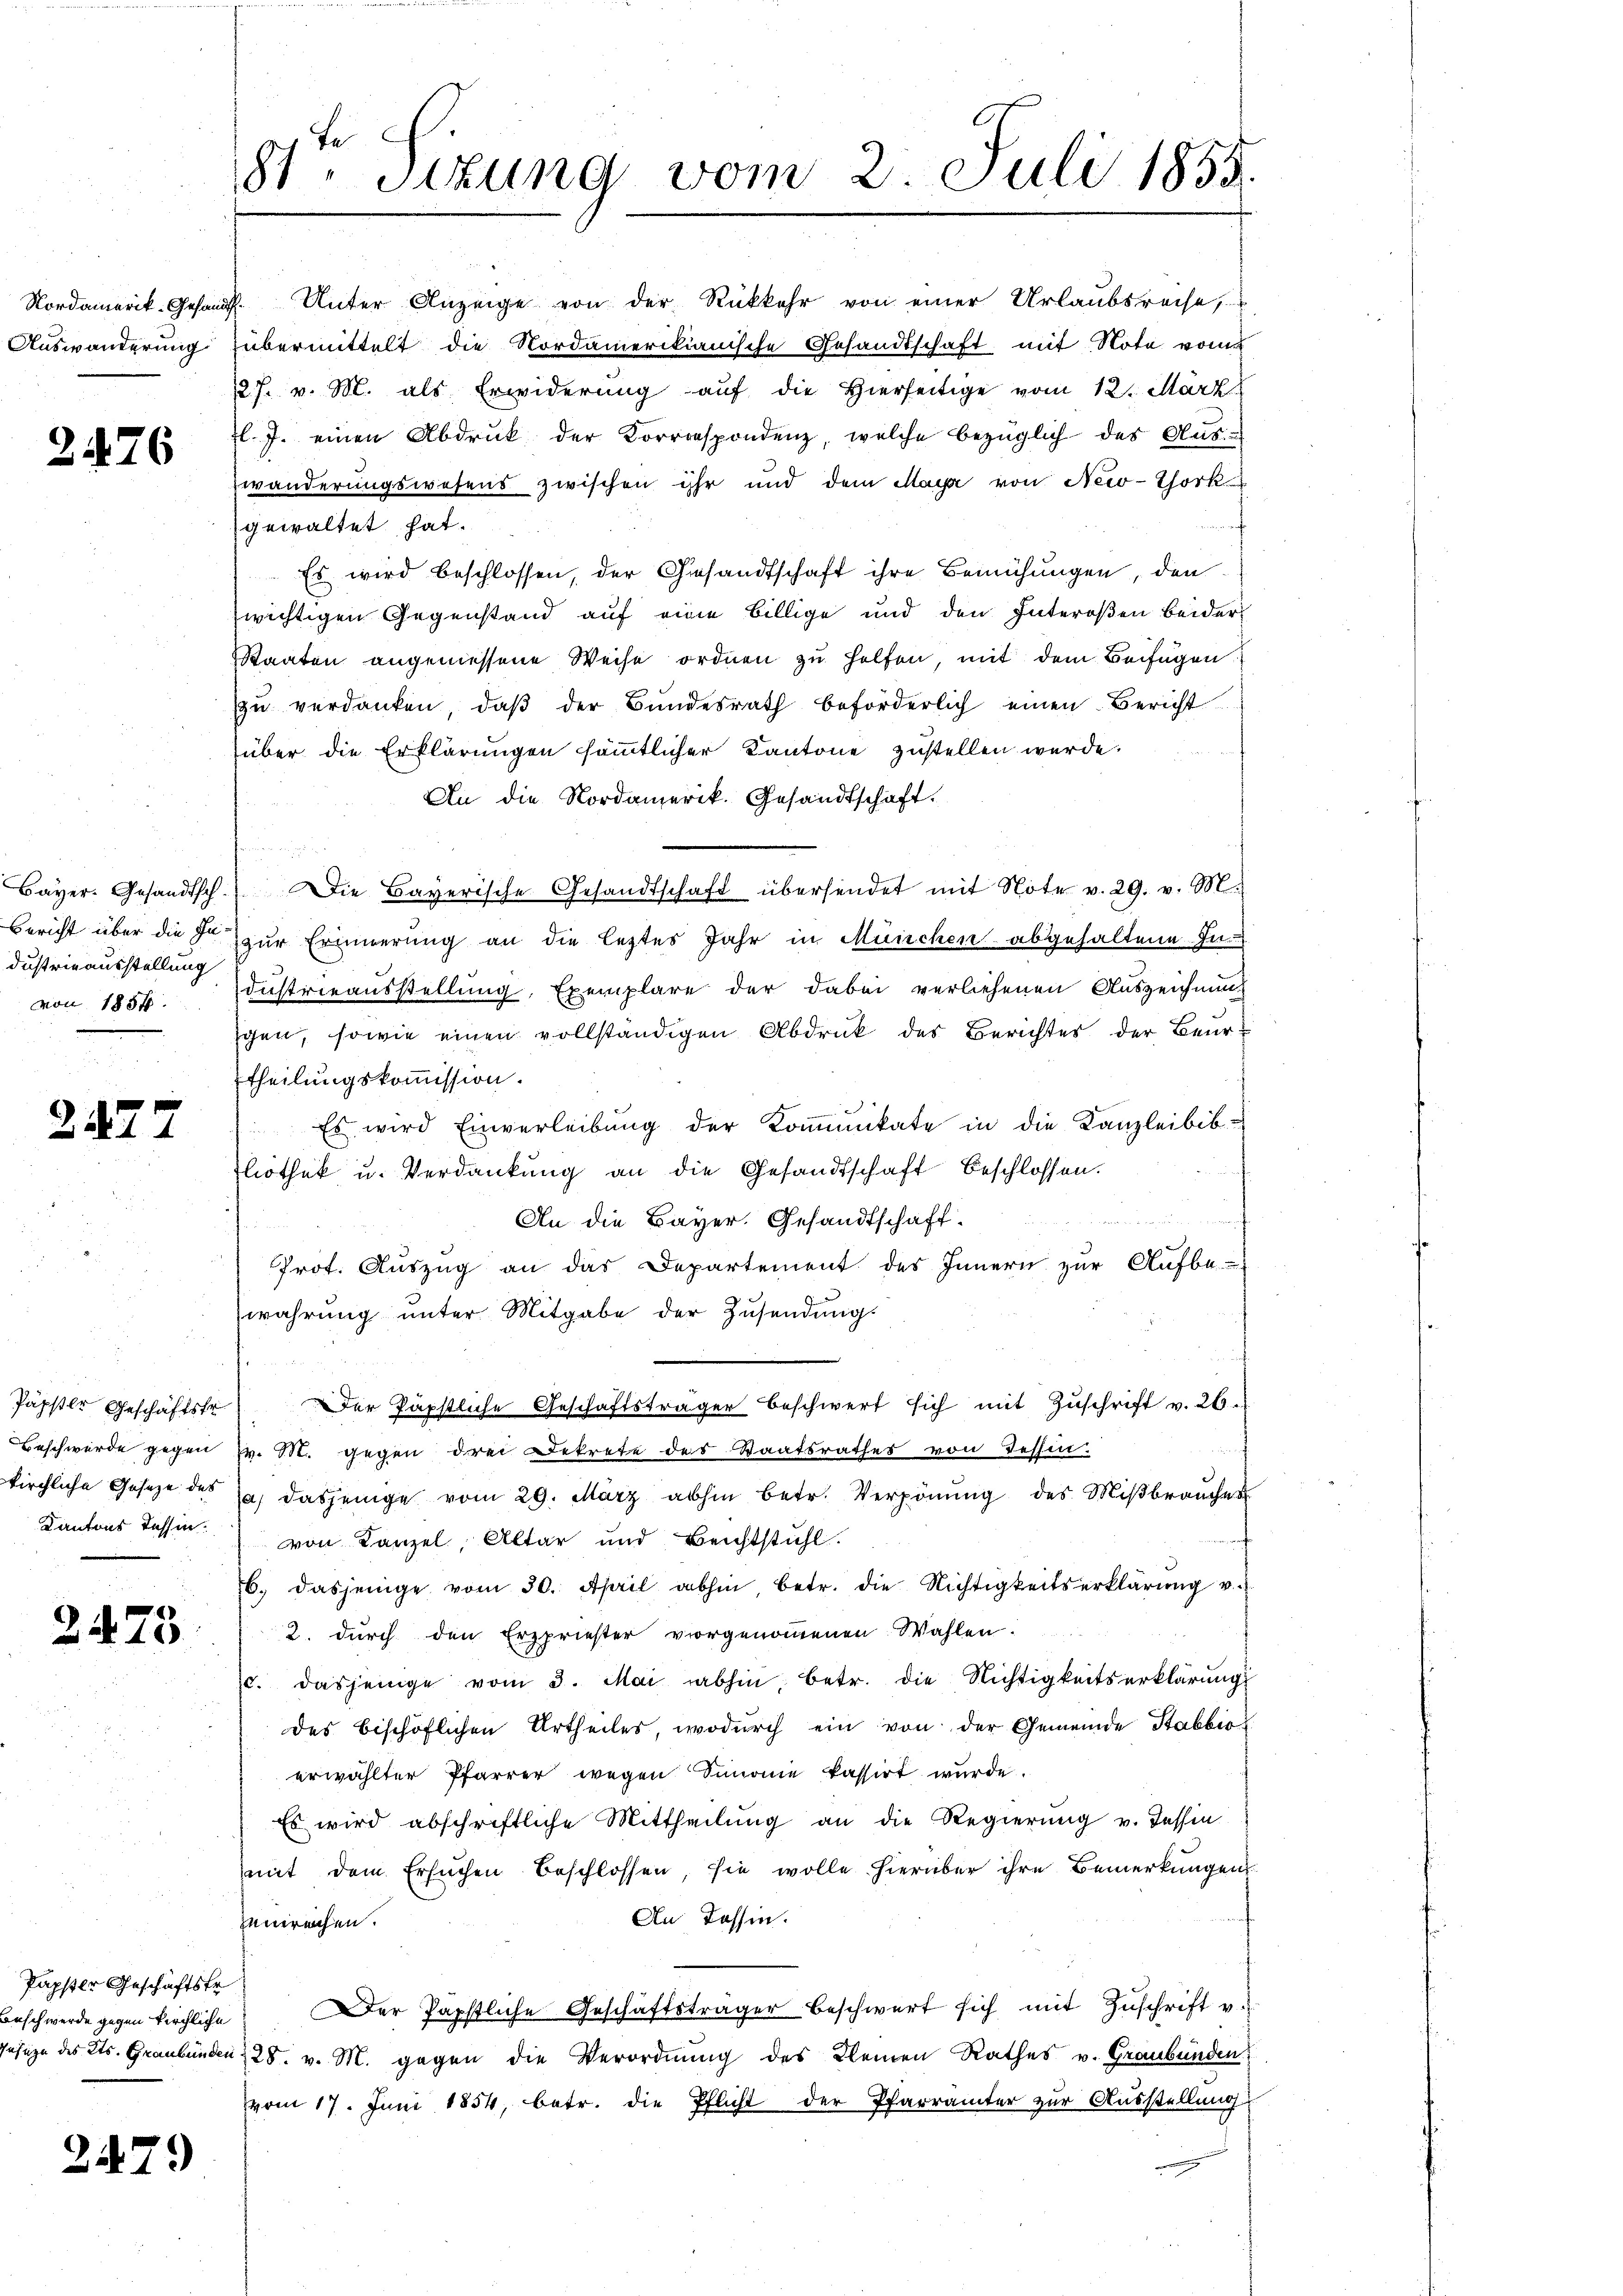
Auswanderung

2476

dustrieausstellung
von 1857.

2.477

Päpster Geschäftsfr
Kantons Tessin.

2475.

Papster Geschäftstr

247.

.
8t. Sitzung vom 2. Juli 1855.

Nordamerik- Gesandt. Unter Anzeige von der Rückkehr von einer Urlaubsreise,
übermittelt die Nordamerikanische Gesandtschaft mit Note vom
127. v. M. als Erwiderung auf die Hierseitige vom 12. März
l. J. einen Abdruck der Korrespondenz, welche bezüglich des Aus-
wanderungswesens zwischen ihr und dem May von New-York
f
gewaltet hat.
Es wird beschlossen, der Gesandtschaft ihre Bemühungen, den
wichtigen Gegenstand auf eine billige und den Interosen beider
Staaten angemessene Weise ordnen zu helfen, mit dem Beifügen.
zŭ verdanken, daβ der Bŭndesrath beförderlich einen Bericht
über die Erklärungen sämmtlicher Kantone zustellen werde.
An die Nordamerik. Gesandtschaft.
Bayer. Gesandtsch. Die Bayerische Gesandtschaft übersendet mit Note v. 29. v. M.
Bericht über die so zur Erinnerung an die letztes Jahr in München abgehaltene Industrieausstellung, Exemplare der dabei verliehenen Auszeichnung
gen, sowie einen vollständigen Abdruck des Berichtes der Beurtheilungskommission.
Es wird Einverleibung der Kommunikate in die Kanzleibib-
liothek u. Verdankung an die Gesandtschaft beschlossen.
An die Bayer. Gesandtschaft-
Prot. Auszug an das Departement des Innern zur Aufbe-
wahrung unter Mitgabe der Zusendungs
Der Päpstliche Geschäftsträger beschwert sich mit Zŭschrift v. 26.
Beschwerde gegen v. M. gegen drei Dekrete des Staatsrathes von Tessin:
kirchliche Gesetze des sa dasjenige vom 29. März abhin betr. Verpönŭng des Miβbraŭcher
von Kanzel, Altar und Beichtstuhl.
6. dasjenige vom 30. April abhin betr. die Nichtigkeitserklärŭng v.
2. durch den Erspriester vorgenoṁenen Wahlen.
/. dasjenige vom 3. Mai abhin, betr. die Nichtigkeitserklärungs
des bischöflichen Urtheiles, wodurch ein von der Gemeinde Stabbio
erwählter Pfarrer wegen Simonie kassirt wurde.
Es wird abschriftliche Mittheilung an die Regierung v. Tessin
mit dem Ersuchen Beschlossen, sie wolle hierüber ihre Bemerkungen
An Tessin.
zeinreichen.
Beschwerde gegen kirchliche er Päpstliche Geschäftsträger beschwert sich mit Zŭschrift v.
ehezu des Kts. Graubünden 28. v. M. gegen die Verordnung des Kleinen Rathes v. Graubünden
vom 17. Juni 1854, betr. die Pflicht der Pfarrämter zur Ausstellung